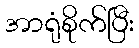
အာရုံစိုက်ပြီး